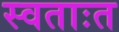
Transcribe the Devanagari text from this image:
स्वताःत